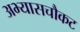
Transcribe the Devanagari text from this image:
अभ्यासचौकट